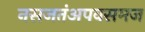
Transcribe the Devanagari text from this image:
नसजतंअपवसमज